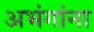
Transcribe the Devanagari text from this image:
अभंगांना